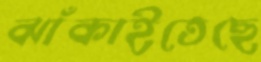
ঝাঁকাইতেছে